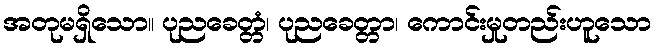
အတုမရှိသော။ ပုညခေတ္တံ၊ ပုညခေတ္တာ၊ ကောင်းမှုတည်းဟူသော